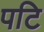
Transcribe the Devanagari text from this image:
पटि